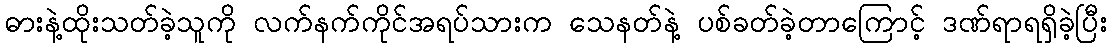
ဓားနဲ့ထိုးသတ်ခဲ့သူကို လက်နက်ကိုင်အရပ်သားက သေနတ်နဲ့ ပစ်ခတ်ခဲ့တာကြောင့် ဒဏ်ရာရရှိခဲ့ပြီး